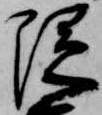
隠